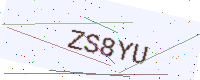
Text: ZS8YU